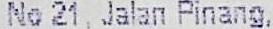
NO 21, JALAN PINANG,